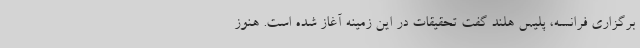
برگزاری فرانسه، پلیس هلند گفت تحقیقات در این زمینه آغاز شده است. هنوز